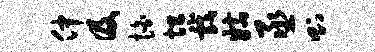
仲及怕坦戏姑丞则